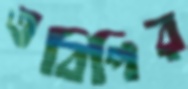
এবিপির